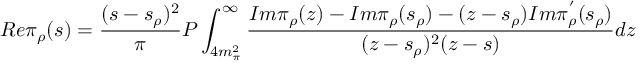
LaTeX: R e \pi _ { \rho } ( s ) = \frac { ( s - s _ { \rho } ) ^ { 2 } } { \pi } P \int _ { 4 m _ { \pi } ^ { 2 } } ^ { \infty } \frac { I m \pi _ { \rho } ( z ) - I m \pi _ { \rho } ( s _ { \rho } ) - ( z - s _ { \rho } ) I m \pi _ { \rho } ^ { ' } ( s _ { \rho } ) } { ( z - s _ { \rho } ) ^ { 2 } ( z - s ) } d z